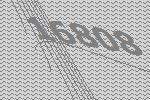
16808